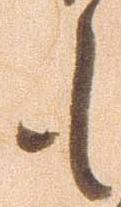
も